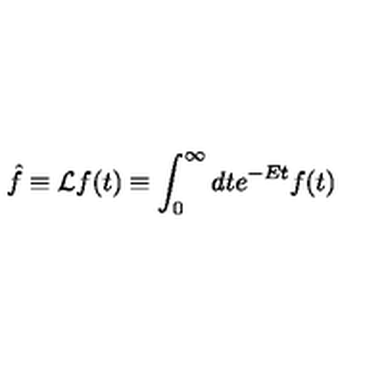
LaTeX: \hat { f } \equiv { \cal L } f ( t ) \equiv \int _ { 0 } ^ { \infty } d t e ^ { - E t } f ( t )